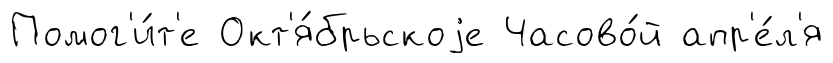
Помог'и́т'е Окт'я́брьскоjе Часово́й апр'е́л'я